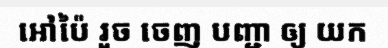
អៅប៉ៃ រួច ចេញ បញ្ជា ឲ្យ យក